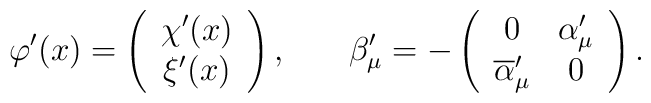
\varphi ^{\prime }(x)=\left(\begin{array}{c}\chi ^{\prime }(x) \\\xi ^{\prime }(x)\end{array}\right) ,\hspace{0.3in}\beta _\mu ^{\prime }=-\left(\begin{array}{cc}0 & \alpha _\mu ^{\prime } \\\overline{\alpha }_\mu ^{\prime } & 0\end{array}\right) .